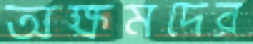
অক্ষমদের